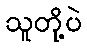
သူတို့ပဲ